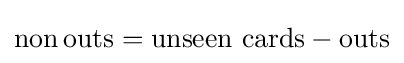
\mathrm {non} \,\mathrm {outs} ={\mathrm {unseen} \,\,\mathrm {cards} }-\mathrm {outs}